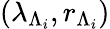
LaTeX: (\lambda_{\Lambda_{i}},r_{\Lambda_{i}})